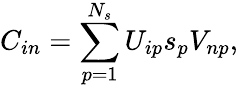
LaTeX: C_{in}=\sum_{p=1}^{N_{s}}{U_{ip}s_{p}V_{np}},